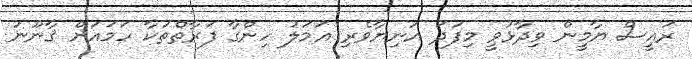
ރައީސް ޔާމީން ވިދާޅުވީ މިފަދަ އަނިޔާވެރި އަމަލު ހިންގާ ފަރާތްތަކާ ހަމައަށް ޤާނޫނު